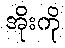
အိုးကို